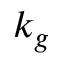
k _ { g }